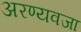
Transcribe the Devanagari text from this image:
अरण्यवजा